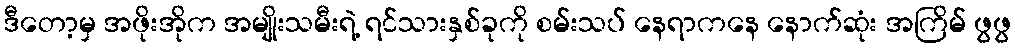
ဒီတော့မှ အဖိုးအိုက အမျိုးသမီးရဲ့ ရင်သားနှစ်ခုကို စမ်းသပ် နေရာကနေ နောက်ဆုံး အကြိမ် ဖွဖွ